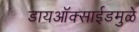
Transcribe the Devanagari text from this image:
डायऑक्साईडमुळे